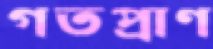
গতপ্রাণ